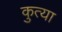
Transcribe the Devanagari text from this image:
कुत्या